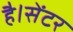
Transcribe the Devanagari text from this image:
है।सेंटर